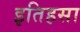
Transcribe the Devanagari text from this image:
इतिहसा